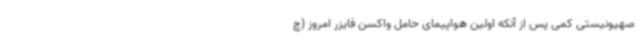
صهیونیستی کمی پس از آنکه اولین هواپیمای حامل واکسن فایزر امروز (چ